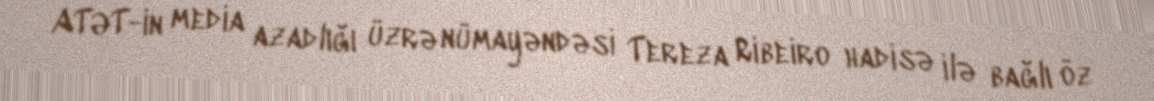
ATƏT-in media azadlığı üzrə nümayəndəsi Tereza Ribeiro hadisə ilə bağlı öz